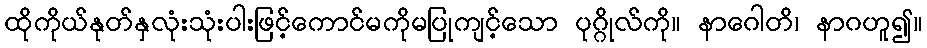
ထိုကိုယ်နုတ်နှလုံးသုံးပါးဖြင့်ကောင်မကိုမပြုကျင့်သော ပုဂ္ဂိုလ်ကို။ နာဂေါတိ၊ နာဂဟူ၍။